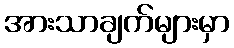
အားသာချက်များမှာ